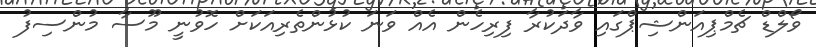
ވޯލްޑް ޗެމްޕިއަންޝިޕްގައި ވާދަކުރާ ފިރިހެން އެއް ވަނަ ކުޅުންތެރިއަަކަށް ހޮވުނީ މޫސާ މުންސިފު